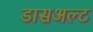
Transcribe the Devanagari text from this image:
डासअल्ट